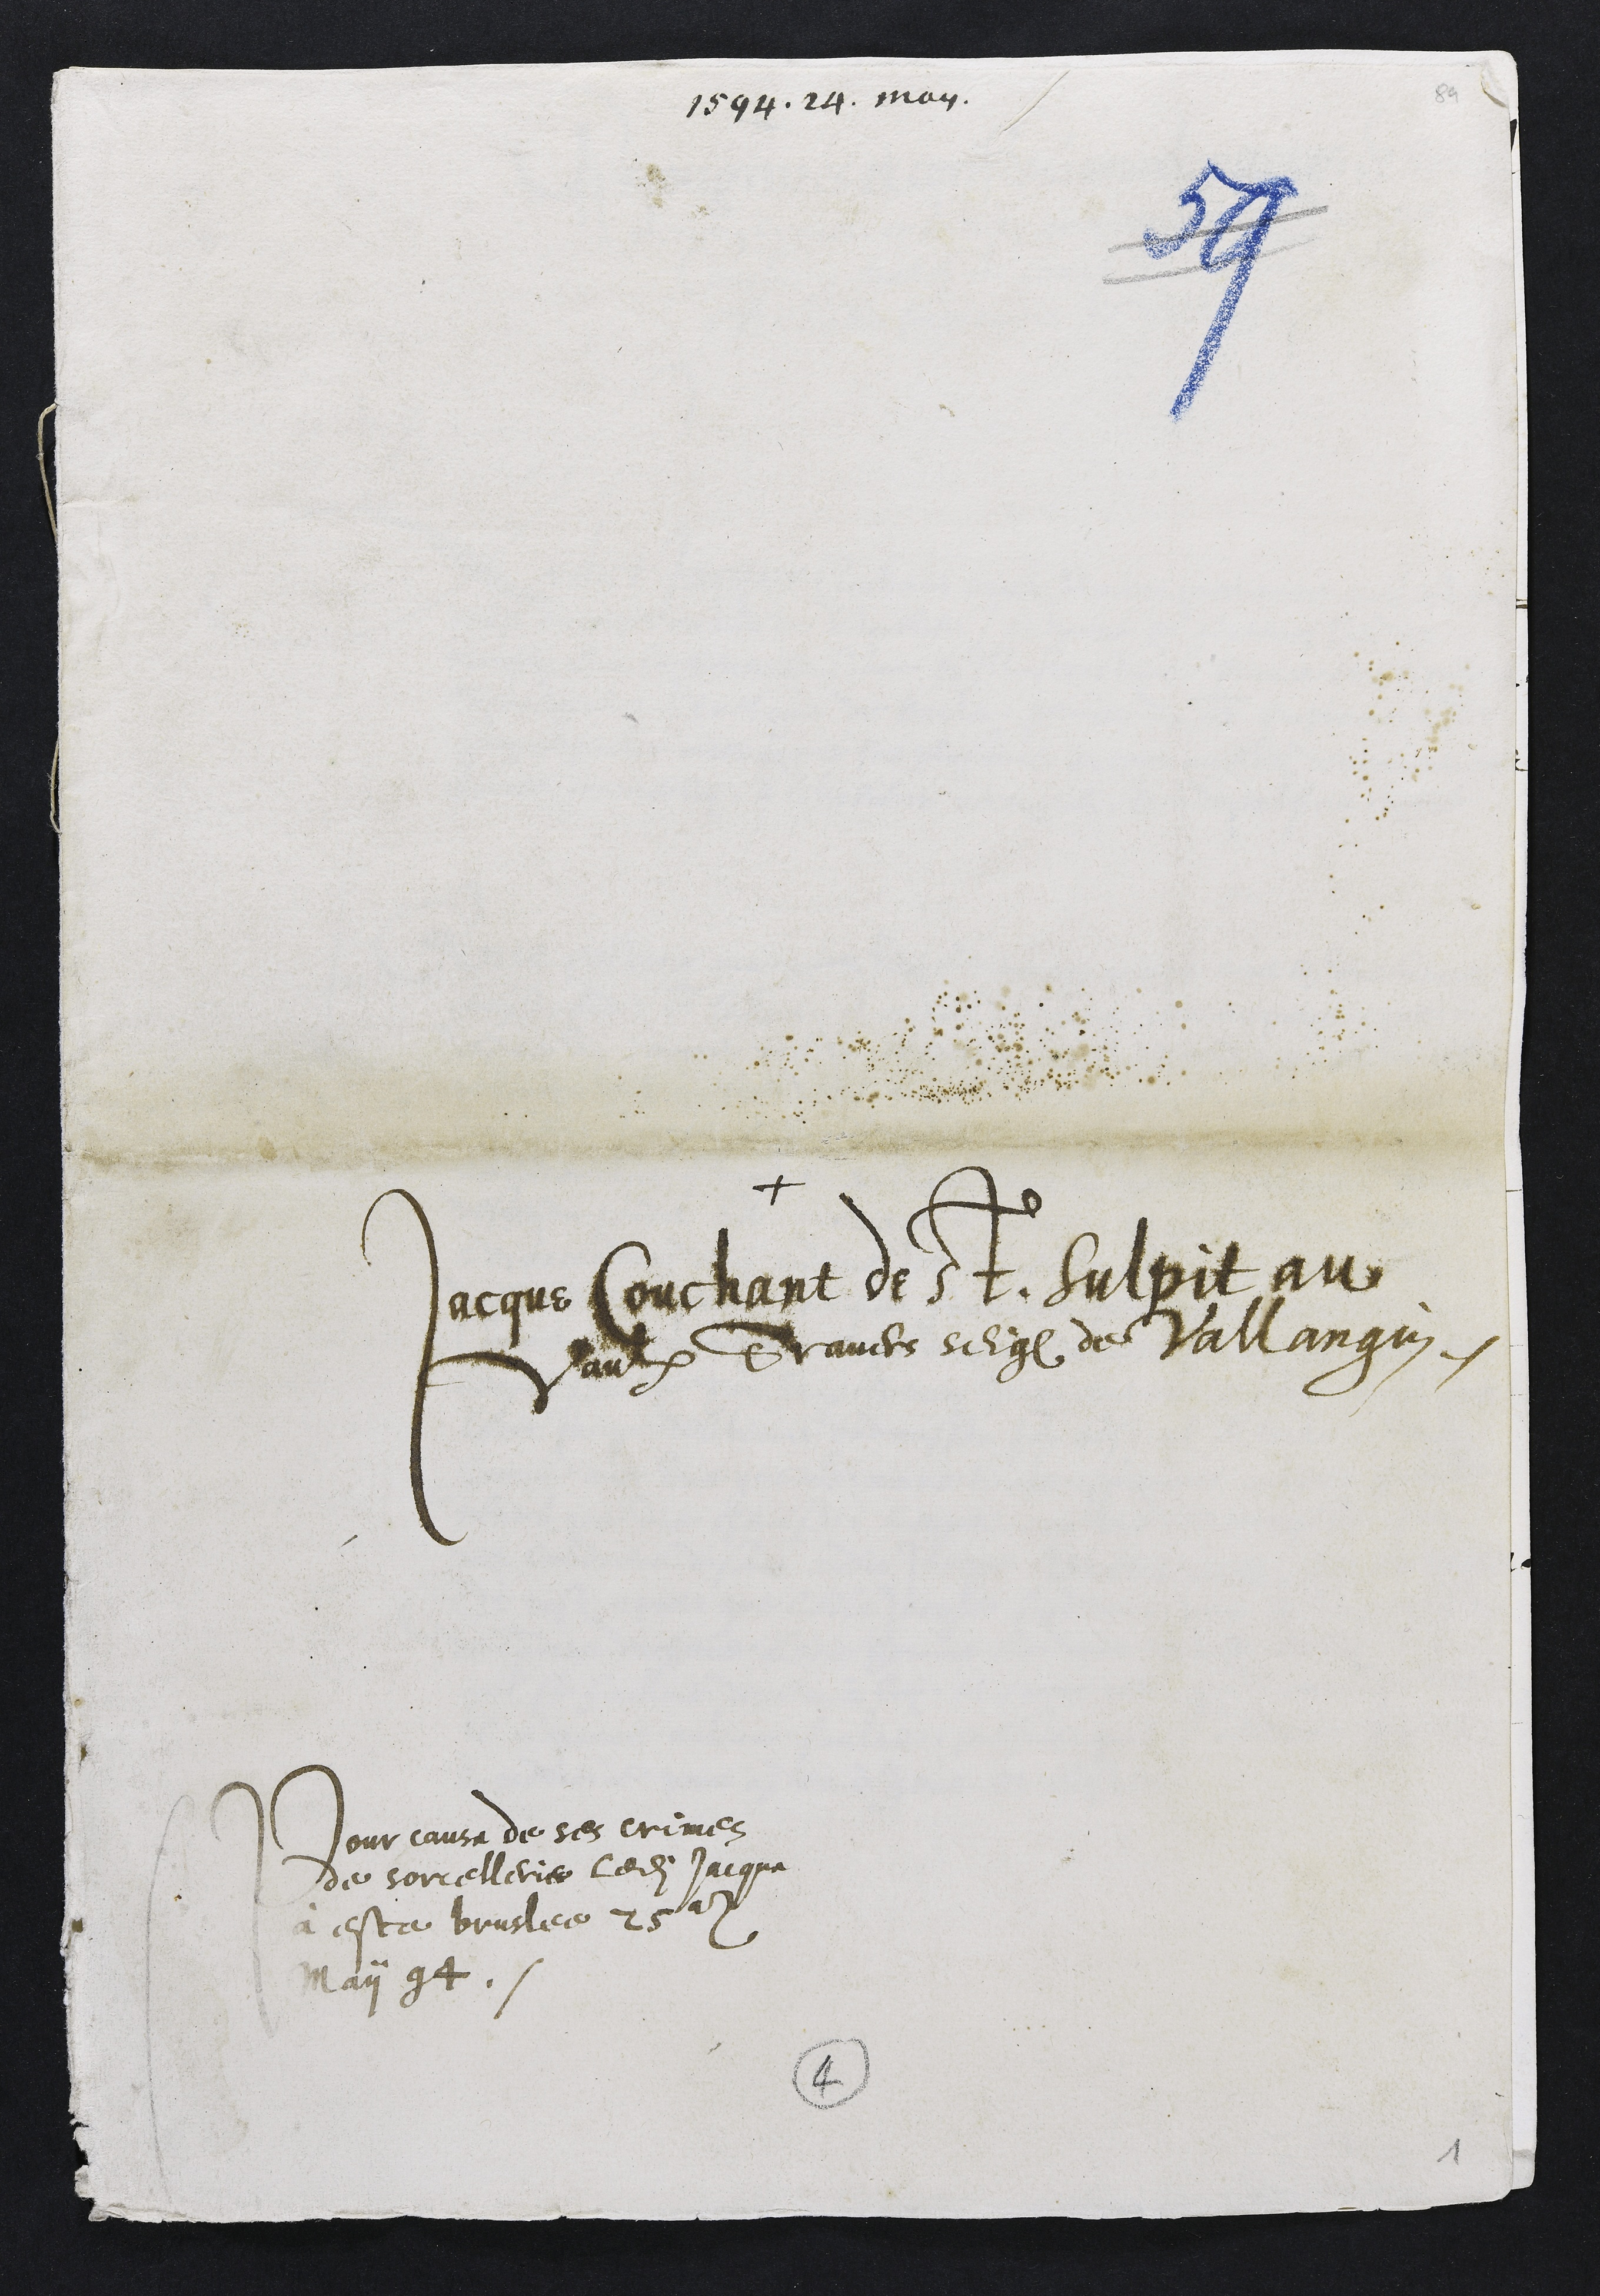
1594. 24 may
+
Jacque Couchant de St. Sulpit au
Vaulx Travers seigneurie de Vallangin
Pour cause de ses Crimes
de sorcelleries ledit Jacque
à este bruslee 25e
May 94
4